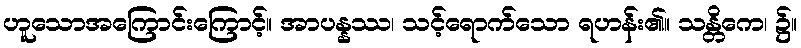
ဟူသောအကြောင်းကြောင့်။ အာပန္နဿ၊ သင့်ရောက်သော ရဟန်း၏။ သန္တိကေ၊ ၌။